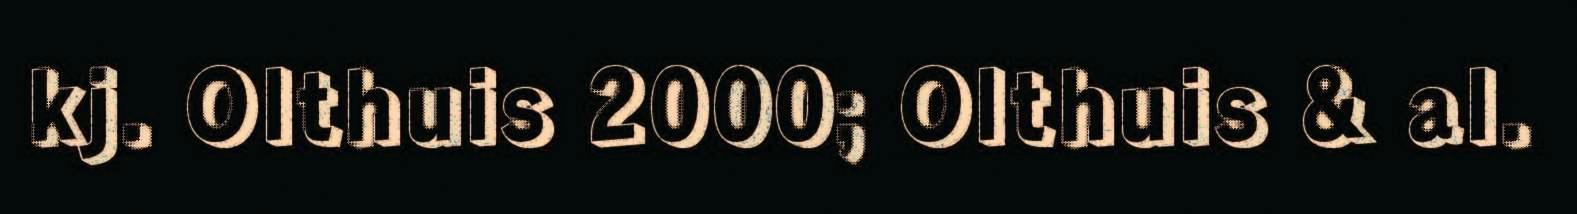
kj. Olthuis 2000; Olthuis & al.